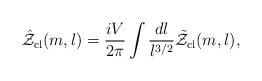
LaTeX: \begin{align*}\hat{\cal Z}_{\mathrm{cl}}(m,l)=\frac{iV}{2\pi}\int\frac{dl}{l^{3/2}}\tilde{\cal Z}_{\mathrm{cl}}(m,l),\end{align*}